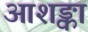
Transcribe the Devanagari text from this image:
आशङ्का